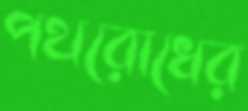
পথরোধের